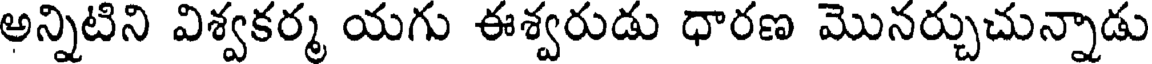
అన్నిటిని విశ్వకర్మ యగు ఈశ్వరుడు ధారణ మొనర్చుచున్నాడు